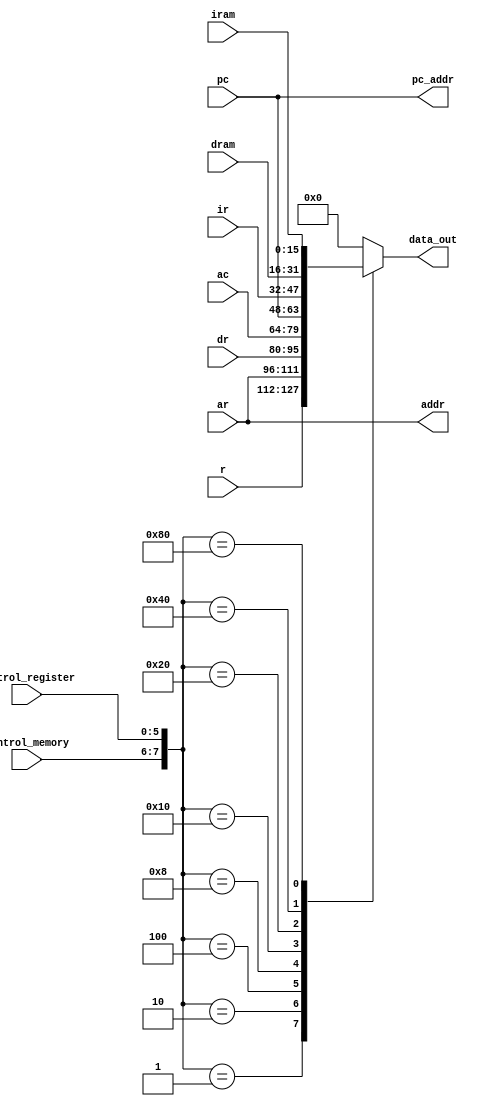
module BUS(ar,pc,ir,dr,r,ac,dram,iram, control_register, data_out, addr, pc_addr, control_memory);


input[15:0] ar,pc,dr,ir, r,ac,dram, iram;
input[5:0] control_register;
input[1:0] control_memory;

reg[7:0] control;
output reg[15:0] data_out;

output reg[15:0] addr;
output reg[15:0] pc_addr;

// always @(ar or pc or dr or ir or r or ac or dram or iram or control) //control
always @(control_register or control_memory)
begin

control[5:0] = control_register;
control[7:6] = control_memory;
case(control)

8'd1: data_out <= r;
8'd2: data_out <= ar;
8'd4: data_out <= dr;
8'd8: data_out <= ac;
8'd16: data_out <= pc;
8'd32: data_out <= ir;
8'd64: data_out <= dram;
8'd128: data_out <= iram;
default: data_out <= 16'd0;

endcase

addr <= ar;
pc_addr <= pc;

end

endmodule